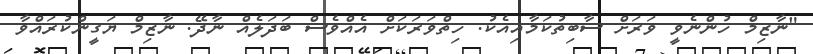
"ނާޒިމް ހުންނެވީ ވަރަށް ސާބިތުކަމާއިއެކު. ހިތްވަރަކަށް އެއްވެސް ބަދަލެއް ނާދޭ. ނާޒިމް ޔަގީންކުރައްވާ